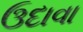
ઉદાવા